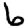
Digit: 6